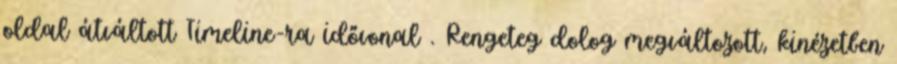
oldal átváltott Timeline-ra idővonal . Rengeteg dolog megváltozott, kinézetben